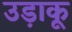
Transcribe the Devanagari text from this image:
उड़ाकू